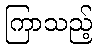
ကြာသည့်